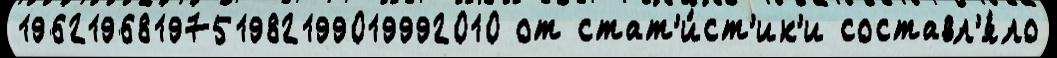
1962196819751982199019992010 от стат'и́ст'ик'и составл'я́ло